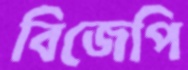
বিজেপি